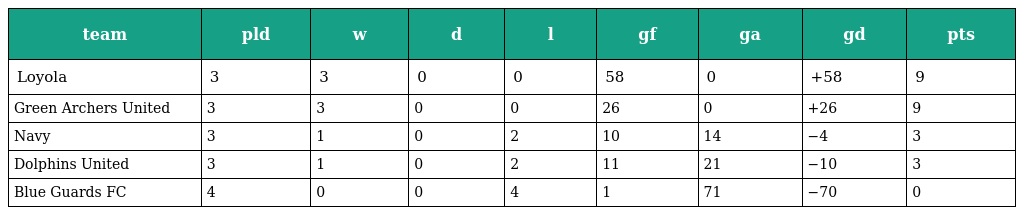
| team | pld | w | d | l | gf | ga | gd | pts |
 | --- | --- | --- | --- | --- | --- | --- | --- | --- |
 | Loyola | 3 | 3 | 0 | 0 | 58 | 0 | +58 | 9 |
 | Green Archers United | 3 | 3 | 0 | 0 | 26 | 0 | +26 | 9 |
 | Navy | 3 | 1 | 0 | 2 | 10 | 14 | −4 | 3 |
 | Dolphins United | 3 | 1 | 0 | 2 | 11 | 21 | −10 | 3 |
 | Blue Guards FC | 4 | 0 | 0 | 4 | 1 | 71 | −70 | 0 |